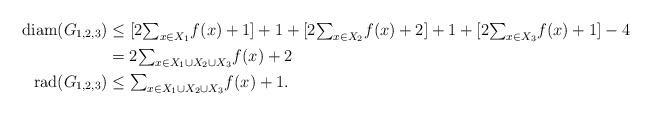
LaTeX: \begin{align*}\operatorname{diam}(G_{1,2,3}) & \leq\lbrack2{\textstyle\sum_{x\in X_{1}}}f(x)+1]+1+[2{\textstyle\sum_{x\in X_{2}}}f(x)+2]+1+[2{\textstyle\sum_{x\in X_{3}}}f(x)+1]-4\\& =2{\textstyle\sum_{x\in X_{1}\cup X_{2}\cup X_{3}}}f(x)+2\\\operatorname{rad}(G_{1,2,3}) & \leq{\textstyle\sum_{x\in X_{1}\cup X_{2}\cup X_{3}}}f(x)+1.\end{align*}